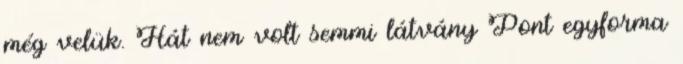
még velük. Hát nem volt semmi látvány Pont egyforma